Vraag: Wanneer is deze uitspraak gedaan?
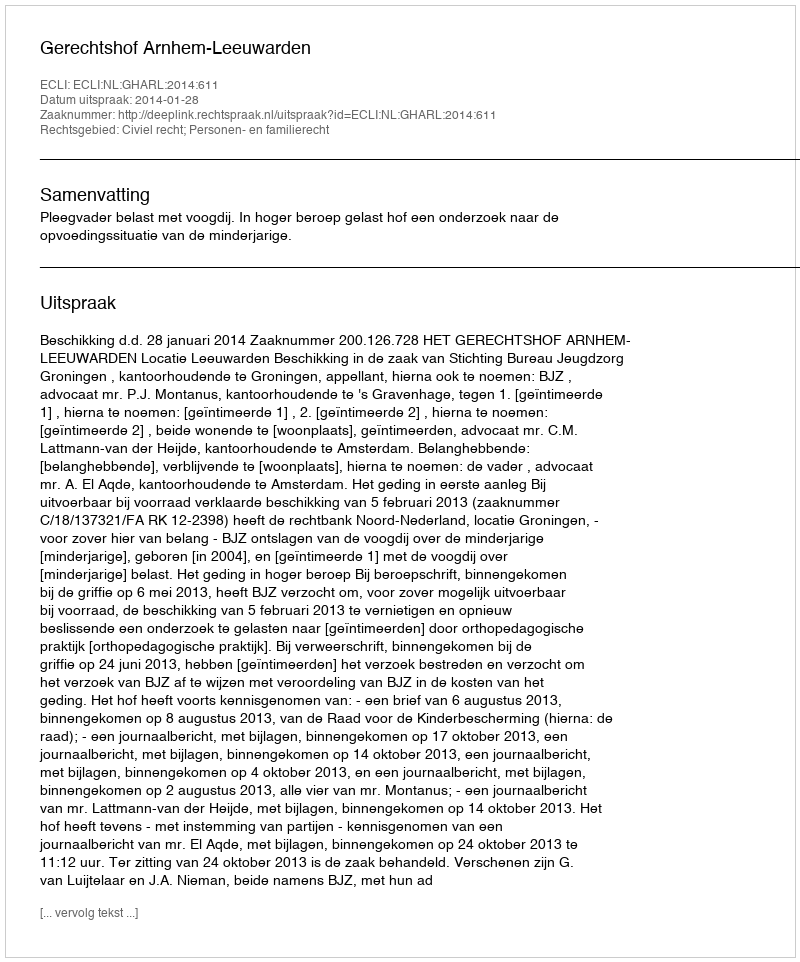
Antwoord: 2014-01-28